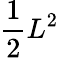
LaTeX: \frac 12L^{2}